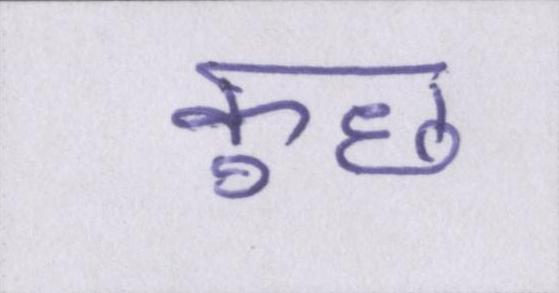
कुछ